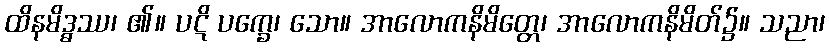
ထိနမိဒ္ဓဿ၊ ၏။ ပဋိ ပက္ခေ၊ သော။ အာလောကနိမိတ္တေ၊ အာလောကနိမိတ်၌။ သညာ၊